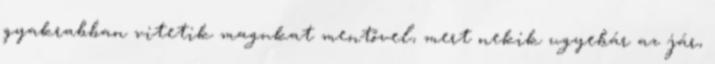
gyakrabban vitetik magukat mentővel, mert nekik ugyebár az jár,